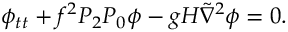
\phi _ { t t } + f ^ { 2 } P _ { 2 } P _ { 0 } \phi - g H \tilde { \nabla } ^ { 2 } \phi = 0 .